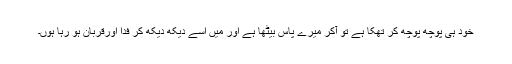
خود ہی پوچھ پوچھ کر تھکا ہے تو آکر میرے پاس بیٹھا ہے اور میں اُسے دیکھ دیکھ کر فدا اورقربان ہو رہا ہوں۔